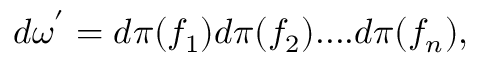
d { \omega } ^ { ' } = d { \pi } ( f _ { 1 } ) d { \pi } ( f _ { 2 } ) . . . . d { \pi } ( f _ { n } ) ,